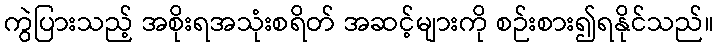
ကွဲပြားသည့် အစိုးရအသုံးစရိတ် အဆင့်များကို စဉ်းစား၍ရနိုင်သည်။